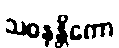
သဝနန္တိကော